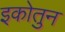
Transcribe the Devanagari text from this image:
इकोतुन